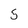
Character: 5